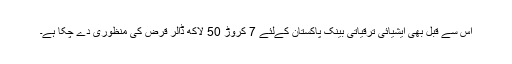
اس سے قبل بھی ایشیائی ترقیاتی بینک پاکستان کےلئے 7 کروڑ 50 لاکھ ڈالر قرض کی منظوری دے چکا ہے۔